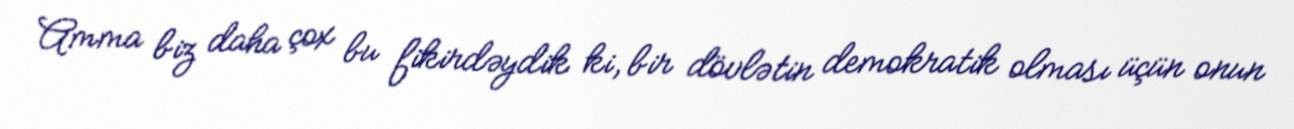
Amma biz daha çox bu fikirdəydik ki, bir dövlətin demokratik olması üçün onun